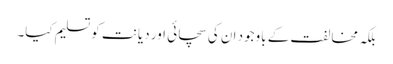
بلکہ مخالفت کے باوجود ان کی سچائی اور دیانت کو تسلیم کیا۔